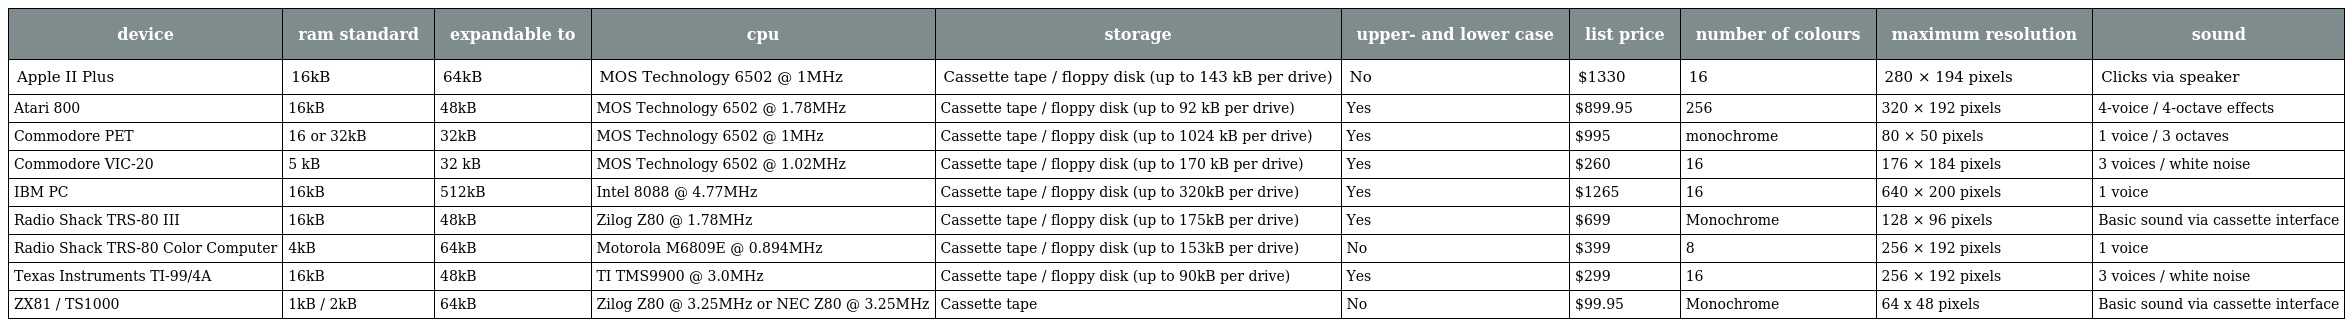
| device | ram standard | expandable to | cpu | storage | upper- and lower case | list price | number of colours | maximum resolution | sound |
 | --- | --- | --- | --- | --- | --- | --- | --- | --- | --- |
 | Apple II Plus | 16kB | 64kB | MOS Technology 6502 @ 1MHz | Cassette tape / floppy disk (up to 143 kB per drive) | No | $1330 | 16 | 280 × 194 pixels | Clicks via speaker |
 | Atari 800 | 16kB | 48kB | MOS Technology 6502 @ 1.78MHz | Cassette tape / floppy disk (up to 92 kB per drive) | Yes | $899.95 | 256 | 320 × 192 pixels | 4-voice / 4-octave effects |
 | Commodore PET | 16 or 32kB | 32kB | MOS Technology 6502 @ 1MHz | Cassette tape / floppy disk (up to 1024 kB per drive) | Yes | $995 | monochrome | 80 × 50 pixels | 1 voice / 3 octaves |
 | Commodore VIC-20 | 5 kB | 32 kB | MOS Technology 6502 @ 1.02MHz | Cassette tape / floppy disk (up to 170 kB per drive) | Yes | $260 | 16 | 176 × 184 pixels | 3 voices / white noise |
 | IBM PC | 16kB | 512kB | Intel 8088 @ 4.77MHz | Cassette tape / floppy disk (up to 320kB per drive) | Yes | $1265 | 16 | 640 × 200 pixels | 1 voice |
 | Radio Shack TRS-80 III | 16kB | 48kB | Zilog Z80 @ 1.78MHz | Cassette tape / floppy disk (up to 175kB per drive) | Yes | $699 | Monochrome | 128 × 96 pixels | Basic sound via cassette interface |
 | Radio Shack TRS-80 Color Computer | 4kB | 64kB | Motorola M6809E @ 0.894MHz | Cassette tape / floppy disk (up to 153kB per drive) | No | $399 | 8 | 256 × 192 pixels | 1 voice |
 | Texas Instruments TI-99/4A | 16kB | 48kB | TI TMS9900 @ 3.0MHz | Cassette tape / floppy disk (up to 90kB per drive) | Yes | $299 | 16 | 256 × 192 pixels | 3 voices / white noise |
 | ZX81 / TS1000 | 1kB / 2kB | 64kB | Zilog Z80 @ 3.25MHz or NEC Z80 @ 3.25MHz | Cassette tape | No | $99.95 | Monochrome | 64 x 48 pixels | Basic sound via cassette interface |